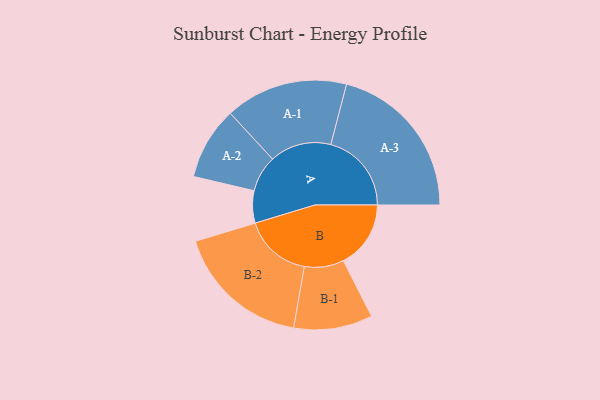
{"axis": {"x": "Segment", "y": "Value"}, "legend": ["", "A", "B"], "data": [{"x": "A", "y": 107, "type": ""}, {"x": "B", "y": 224, "type": ""}, {"x": "A-1", "y": 204, "type": "A"}, {"x": "A-2", "y": 121, "type": "A"}, {"x": "A-3", "y": 268, "type": "A"}, {"x": "B-1", "y": 131, "type": "B"}, {"x": "B-2", "y": 225, "type": "B"}]}